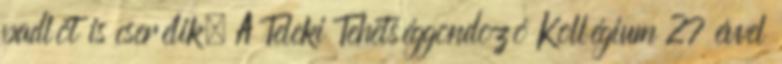
padlót is cserélik. A Teleki Tehetséggondozó Kollégium 27 évvel